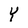
Character: Y